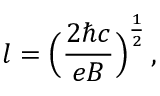
l = \Big ( { \frac { 2 \hbar c } { e B } } \Big ) ^ { \frac { 1 } { 2 } } \, ,